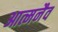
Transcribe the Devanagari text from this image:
आत्मनैव